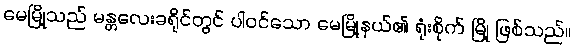
မေမြို့သည် မန္တလေးခရိုင်တွင် ပါဝင်သော မေမြို့နယ်၏ ရုံးစိုက် မြို့ ဖြစ်သည်။